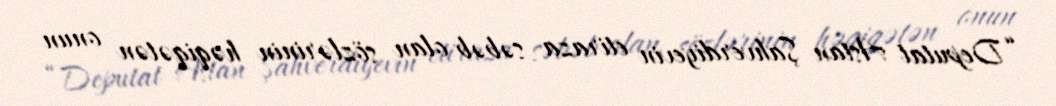
“Deputat Astan Şahverdiyevin etiraza səbəb olan sözlərinin həqiqətən onun